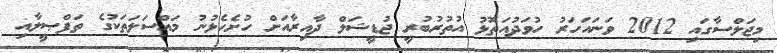
މިޖަލްސާގައި 2012 ވަނައަހަރު ހުވަދުއަތޮޅު އުތުރުބުރީ ޖުޑީޝަލް ދާއިރާއަށް ހުށެހެޅުނު މައްސަލަތަކުގެ ތަފްޞީލާއި